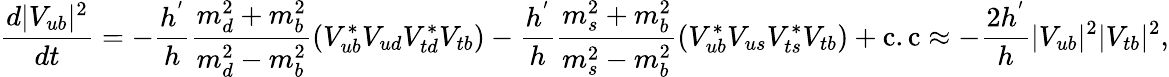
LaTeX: \frac{d|V_{ub}|^{2}}{dt}=-\frac{h^{'}}{h}\frac{m_{d}^{2}+m_{b}^{2}}{m_{d}^{2}-m_{b}^{2}}(V_{ub}^{*}V_{ud}V_{td}^{*}V_{tb})-\frac{h^{'}}{h}\frac{m_{s}^{2}+m_{b}^{2}}{m_{s}^{2}-m_{b}^{2}}(V_{ub}^{*}V_{us}V_{ts}^{*}V_{tb})+\mathrm{c.c}\approx-\frac{2h^{'}}{h}|V_{ub}|^{2}|V_{tb}|^{2},